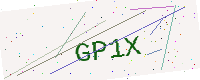
Text: GP1X